Annual administration report of the Bombay Presidency - 1887-1892
Year: 1887
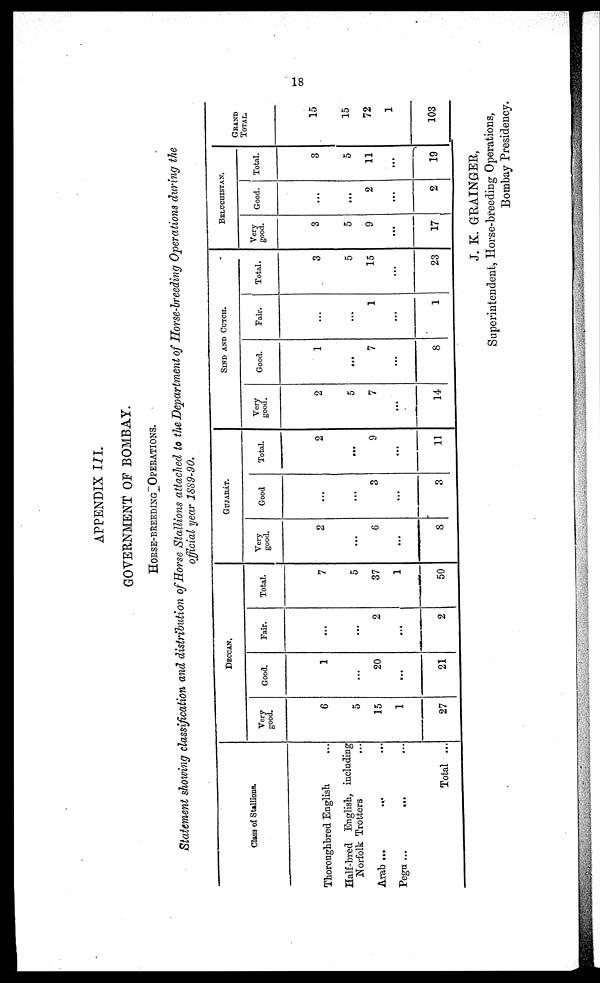
18
APPENDIX III.
GOVERNMENT OF BOMBAY.
HORSE-BREEDING
OPERATIONS.
Statement showing classification and distribution of Horse Stallions attached to the Department of Horse-breeding Operations during the
official year 1889-90.
Class of Stallions.
Thoroughbred English ...
Half-bred English, including
Norfolk Trotters ...
Arab ...
...
...
Pega ...
... ...
Total ...
DECCAN.
Very
good.
6
5
15
1
27
Good.
1
...
20
...
21
Fair.
...
...
2
...
2
Total.
7
5
37
1
50
GUJRAT.
Very
good.
2
...
6
...
8
Good
...
...
3
...
3
Total.
2
...
9
...
11
SIND AND CUTCH.
Very
good.
2
5
7
...
14
Good.
1
...
7
...
8
Fair.
...
...
1
...
1
Total.
3
5
15
...
23
BELUCHISTAN.
Very
good.
3
5
9
...
17
Good.
...
...
2
...
2
Total.
3
5
11
...
19
GRAND
TOTAL.
15
15
72
1
103
J. K. GRAINGER,
Superintendent, Horse-breeding Operations,
Bombay Presidency.